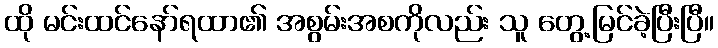
ထို မင်းထင်နော်ရထာ၏ အစွမ်းအစကိုလည်း သူ တွေ့မြင်ခဲ့ပြီးပြီ။